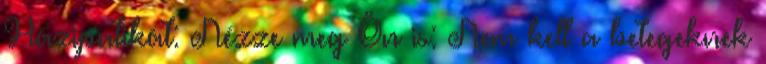
Házipatikát: Nézze meg Ön is: Nem kell a betegeknek